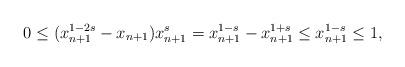
LaTeX: \begin{align*}0\le(x_{n+1}^{1-2s}-x_{n+1})x_{n+1}^{s}=x_{n+1}^{1-s}-x_{n+1}^{1+s} \le x_{n+1}^{1-s} \le 1,\end{align*}